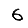
Digit: 6